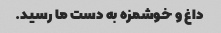
داغ و خوشمزه به دست ما رسید.